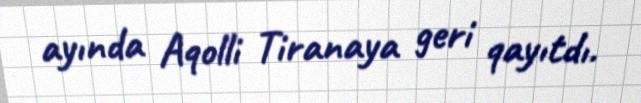
ayında Aqolli Tiranaya geri qayıtdı.